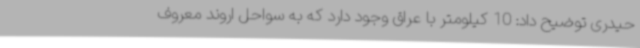
حیدری توضیح داد: 10 کیلومتر با عراق وجود دارد که به سواحل اروند معروف